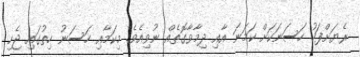
ރެޔަށްފަހު ހަސަނަކަށް ކަމަނަ އާއި ދިމާވާގޮތެއް ނުވިއެވެ. މިކަމާއި ހަސަނު ހިތުގައި ޖެހި